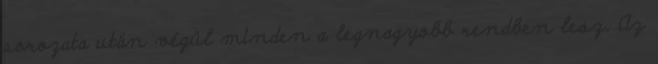
sorozata után végül minden a legnagyobb rendben lesz. Az